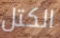
الكتل